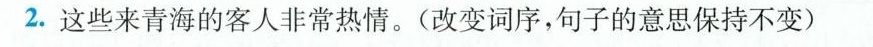
2.这些来青海的客人非常热情。(改变词序，句子的意思保持不变)